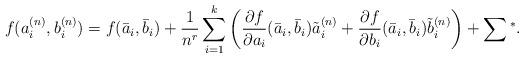
LaTeX: \begin{align*}f(a_i^{(n)}, b_i^{(n)}) = f(\bar a_i, \bar b_i) + \frac{1}{n^r} \sum_{i = 1}^k \left(\frac{\partial f}{\partial a_i}(\bar a_i, \bar b_i) \tilde a_i^{(n)} + \frac{\partial f}{\partial b_i}(\bar a_i, \bar b_i) \tilde b_i^{(n)} \right) + \sum{}^*.\end{align*}